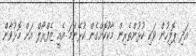
އަދި ޕޮލިހުން ވަކި ކުޅުންތެރިން މާކުކޮށްގެން ކުޅޭނަމަ އެއީ ޒެފްރޯލް އަށް މޮޅުވާން